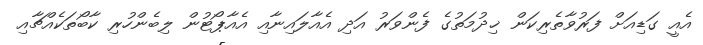
އެއީ ގަޑިއަށް ފަރުވާތެރިކަން ޚިދުމަތުގެ ފެންވަރު އަދި އެއާލައިނާއި އެއާޕޯޓުން ލިބެންހުރި ކާބޯތަކެއްޗާއި